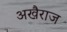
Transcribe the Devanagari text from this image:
अखैराज